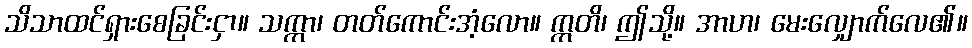
သိသာထင်ရှားစေခြင်းငှာ။ သက္ကာ၊ တတ်ကောင်းအံ့လော။ ဣတိ၊ ဤသို့။ အာဟ၊ မေးလျှောက်လေ၏။